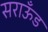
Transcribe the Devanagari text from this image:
सराऊँड